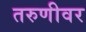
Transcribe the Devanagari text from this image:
तरुणीवर